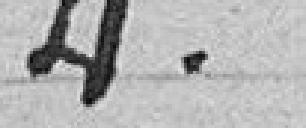
4